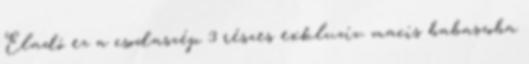
Eladó ez a csodaszép 3 részes exkluzív macis babaszoba